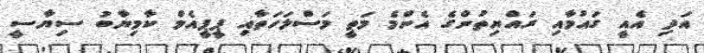
އަދި އެއީ ގައުމާއި ރައްޔިތުންގެ އެންމެ މަތީ މަސްލަހަތާއި ޕީޕީއެމް ކާމިޔާބު ސިޔާސީ